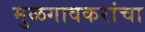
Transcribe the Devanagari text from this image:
मुळगावकरांचा